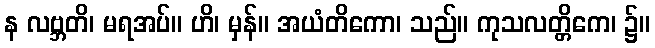
န လဗ္ဘတိ၊ မရအပ်။ ဟိ၊ မှန်။ အယံတိကော၊ သည်။ ကုသလတ္တိကေ၊ ၌။